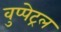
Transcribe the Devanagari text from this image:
वुप्‍पेट्रल